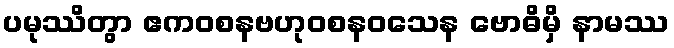
ပမုဿိတွာ ဧကဝစနဗဟုဝစနဝသေန ဗောဓိမှိ နာမဿ